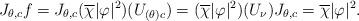
LaTeX: \begin{align*}J_{\theta,c} f= J_{\theta,c} (\overline\chi|\varphi|^2)(U_{(\theta)c}){}=(\overline\chi|\varphi|^2)(U_\nu)J_{\theta,c}{}=\overline\chi|\varphi|^2. \end{align*}